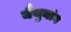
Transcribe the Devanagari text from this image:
मैथुनांग